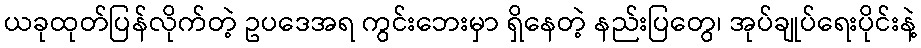
ယခုထုတ်ပြန်လိုက်တဲ့ ဥပဒေအရ ကွင်းဘေးမှာ ရှိနေတဲ့ နည်းပြတွေ၊ အုပ်ချုပ်ရေးပိုင်းနဲ့